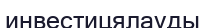
инвестицялауды